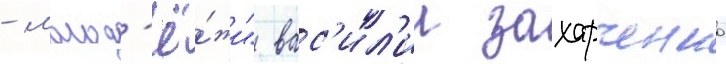
- молод'ё́жи" вас'ил'ии захарченко